Annual report of the Punjab Veterinary College and of the Civil Veterinary Department, Punjab - 1920-1925
Year: 1920
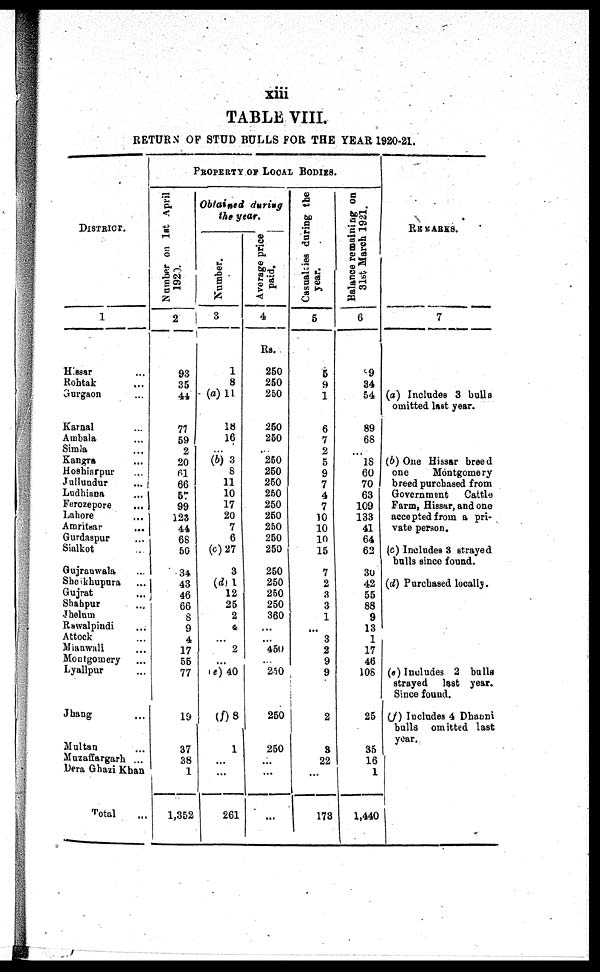
xiii
TABLE VIII.
RETURN OF STUD BULLS F O R T H E YEAR 1920-21.
DI STRI CT.
1
Hi ssar ...
Roht ak ...
Gurgaon ...
Karnal ...
Ambal a ...
Si ml a ...
Kangra
...
Hoshi arpur ...
Jullundur ...
Ludhi ana ...
Ferozepore ...
Lahore
Amri t sar ...
Gurdaspur ...
Sialkot ...
Guj ranwal a ...
Shei khupura ...
Gujrat ...
Shahpur ...
Jhel um
Rawal pi ndi ...
At t ock ...
Mi anwal i ...
Mont gomery ...
Lyallpur ...
Jhang ...
Mul t an ...
Muzaffargarh ...
Dera Ghazi Khan
Tot al ...
PROPERTY OF LOCAL BODIES.
Number on 1st April
1920.
2
93
35
44
77
59
2
20
61
66
57
99
123
44
68
50
34
43
J 46
66
8
9
4
17
55
77
19
37
38
1
1, 352
Obtained during
the year.
Number.
3
1
8
(a) 11
18
16
... (b) 3
8
11
10
17
20
7
6
(c) 27
3
(d) 1
12
25
2
4
... 2
...
(e) 40
(f) 8
1
...
...
261
Average price
paid.
4
Rs.
250
250
250
250
250
... 250
250
250
250
250
250
250
250
250
250
250
250
250
360
...
... 450
... 250
250
250
...
...
...
Casualties during the
year.
5
5
9
1
6
7
2
5
9
7
4
7
10
10
10
15
7
2
3
3
1
... 3
2
9
9
2
3
22
...
173
Balance remaining on
31st March 1921.
6
9
34
54
89
68
... 18
60
70
63
109
133
41
64
62
30
42
55
88
9
13
1
17
46
108
25
35
16
1
1, 440
REMARKS.
7
(a) Includes 3 bulis
omitted last year.
(b) One Hissar breed
one Mont gomery
breed purchased from
Government Cattle
Farm, Hissar, and one
accepted from a pri-
vate person.
(c) Includes 3 strayed
bulls since found.
(d) Purchased locally.
(e) Includes 2 bulls
strayed last year.
Si nce found.
(f) Iucludes 4 Dhauni
bulls omitted last
year.